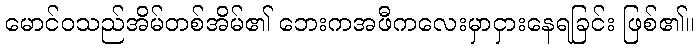
မောင်ဝသည်အိမ်တစ်အိမ်၏ ဘေးကအဖီကလေးမှာငှားနေရခြင်း ဖြစ်၏။